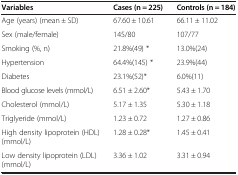
| Variables | Cases (n = 225) | Controls (n = 184) |
 | --- | --- | --- |
 | Age (years) (mean ± SD) | 67.60 ± 10.61 | 66.11 ± 11.02 |
 | Sex (male/female) | 145/80 | 107/77 |
 | Smoking (%, n) | 21.8%(49) * | 13.0%(24) |
 | Hypertension | 64.4%(145) * | 23.9%(44) |
 | Diabetes | 23.1%(52)* | 6.0%(11) |
 | Blood glucose levels (mmol/L) | 6.51 ± 2.60* | 5.43 ± 1.70 |
 | Cholesterol (mmol/L) | 5.17 ± 1.35 | 5.30 ± 1.18 |
 | Triglyeride (mmol/L) | 1.23 ± 0.72 | 1.27 ± 0.86 |
 | High density lipoprotein (HDL)(mmol/L) | 1.28 ± 0.28* | 1.45 ± 0.41 |
 | Low density lipoprotein (LDL) (mmol/L) | 3.36 ± 1.02 | 3.31 ± 0.94 |